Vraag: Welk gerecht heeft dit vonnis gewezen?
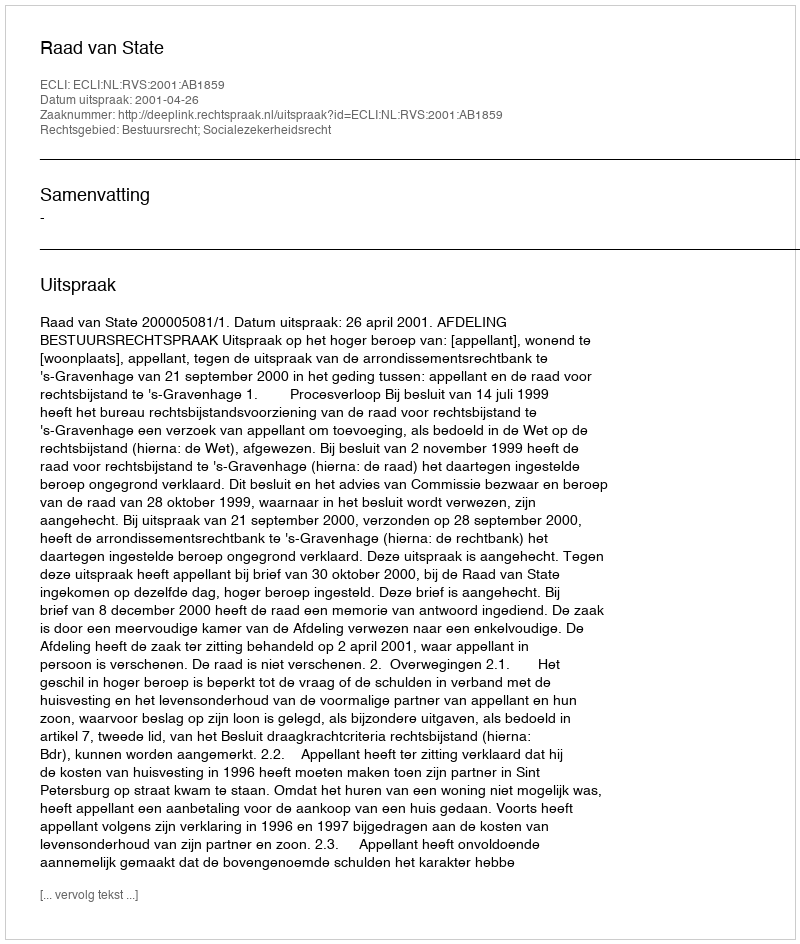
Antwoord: Raad van State